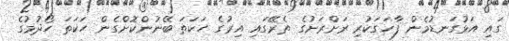
ގައި އަޅުގަނޑުމެން ފާހަގަކުރި ރަށްރަށުގެ ތެރޭގައި އިރުގެ ހަކަތަ ބޭނުންކޮށްގެން ހަކަތަ ހޯދުމުގެ